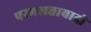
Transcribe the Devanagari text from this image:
परमसत्तावादी